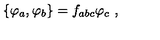
\{ \varphi _ { a } , \varphi _ { b } \} = f _ { a b c } \varphi _ { c } \ ,